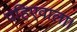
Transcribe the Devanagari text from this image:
पहिएवाला।